Indian journal of veterinary science and animal husbandry - Volumes 15-17, 1948-1951
Year: 1948
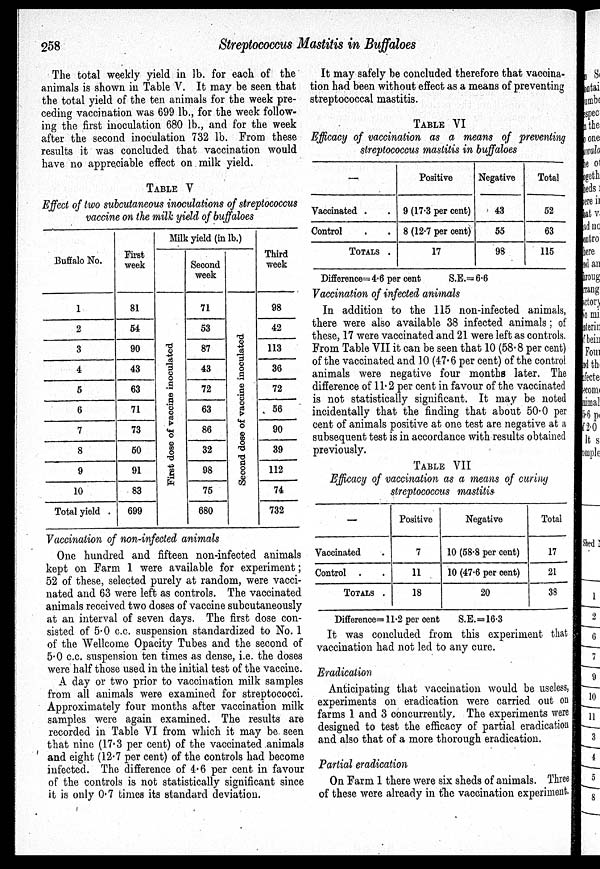
258
Streptococcus Mastitis in Buffaloes
The total weekly yield in lb. for each of the
animals is shown in Table V. It may be seen that
the total yield of the ten animals for the week pre-
ceding vaccination was 699 lb., for the week follow-
ing the first inoculation 680 lb., and for the week
after the second inoculation 732 lb. From these
results it was concluded that vaccination would
have no appreciable effect on milk yield.
TABLE V
Effect of two subcutaneous inoculations of streptococcus
vaccine on the milk yield of buffaloes
Buffalo No.
1
2
3
4
5
6
7
8
9
10
Total yield .
First
week
81
54
90
43
63
71
73
50
91
83
699
Milk yield (in lb.)
Fi rst dose of vaccine inoculated
Second
week
71
53
87
43
72
63
86
32
98
75
680
Second dose of vaccine inoculated
Third
week
98
42
113
36
72
56
90
39
112
74
732
Vaccination of non-infected animals
One hundred and fifteen non-infected animals
kept on Farm 1 were available for experiment;
52 of these, selected purely at random, were vacci-
nated and 63 were left as controls. The vaccinated
animals received two doses of vaccine subcutaneously
at an interval of seven days. The first dose con-
sisted of 5.0 c.c. suspension standardized to No. 1
of the Wellcome Opacity Tubes and the second of
5.0 c.c. suspension ten times as dense, i.e. the doses
were half those used in the initial test of the vaccine.
A day or two prior to vaccination milk samples
from all animals were examined for streptococci.
Approximately four months after vaccination milk
samples were again examined. The results are
recorded in Table VI from which it may be seen
that nine (17.3 per cent) of the vaccinated animals
and eight (12.7 per cent) of the controls had become
infected. The difference of 4.6 per cent in favour
of the controls is not statistically significant since
it is only 0.7 times its standard deviation.
It may safely be concluded therefore that vaccina-
tion had been without effect as a means of preventing
streptococcal mastitis.
TABLE VI
Efficacy of vaccination as a means of preventing
streptococcus mastitis in buffaloes
—
Vaccinated
Control
TOTALS
Positive
9 (17.3 per cent)
8 (12.7 per cent)
17
Negative
43
55
98
Total
52
63
115
Difference=4.6 per cent
S.E.=6.6
Vaccination of infected animals
In addition to the 115 non-infected animals,
there were also available 38 infected animals; of
these, 17 were vaccinated and 21 were left as controls.
From Table VII it can be seen that 10 (58.8 per cent)
of the vaccinated and 10 (47.6 per cent) of the control
animals were negative four months later. The
difference of 11.2 per cent in favour of the vaccinated
is not statistically significant. It may be noted
incidentally that the finding that about 50.0 per
cent of animals positive at one test are negative at a
subsequent test is in accordance with results obtained
previously.
TABLEVII
Efficacy of vaccination as a means of curing
streptococcus mastitis
—
Vaccinated
Control
TOTALS .
Positive
7
11
18
Negative
10 (58.8 per cent)
10 (47.6 per cent)
20
Total
17
21
38
Difference= 11.2 per cent
S.E.=16.3
It was concluded from this experiment that
vaccination had not led to any cure.
Eradication
Anticipating that vaccination would be useless,
experiments on eradication were carried out on
farms 1 and 3 concurrently. The experiments were
designed to test the efficacy of partial eradication
and also that of a more thorough eradication.
Partial eradication
On Farm 1 there were six sheds of animals. Three
of these were already in the vaccination experiment.